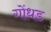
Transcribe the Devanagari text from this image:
गोंधड